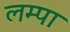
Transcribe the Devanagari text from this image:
लम्पा